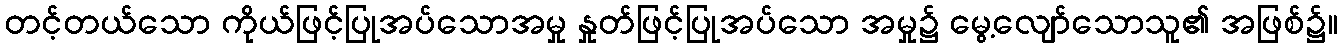
တင့်တယ်သော ကိုယ်ဖြင့်ပြုအပ်သောအမှု နှုတ်ဖြင့်ပြုအပ်သော အမှု၌ မွေ့လျော်သောသူ၏ အဖြစ်၌။